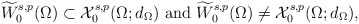
\begin{align*}\widetilde{W}^{s,p}_0(\Omega) \subset \mathcal{X}^{s,p}_0(\Omega; d_{\Omega})\mbox{ and }\widetilde{W}^{s,p}_0(\Omega) \not= \mathcal{X}^{s,p}_0(\Omega; d_{\Omega}),\end{align*}